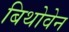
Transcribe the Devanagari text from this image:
बिथोवेन